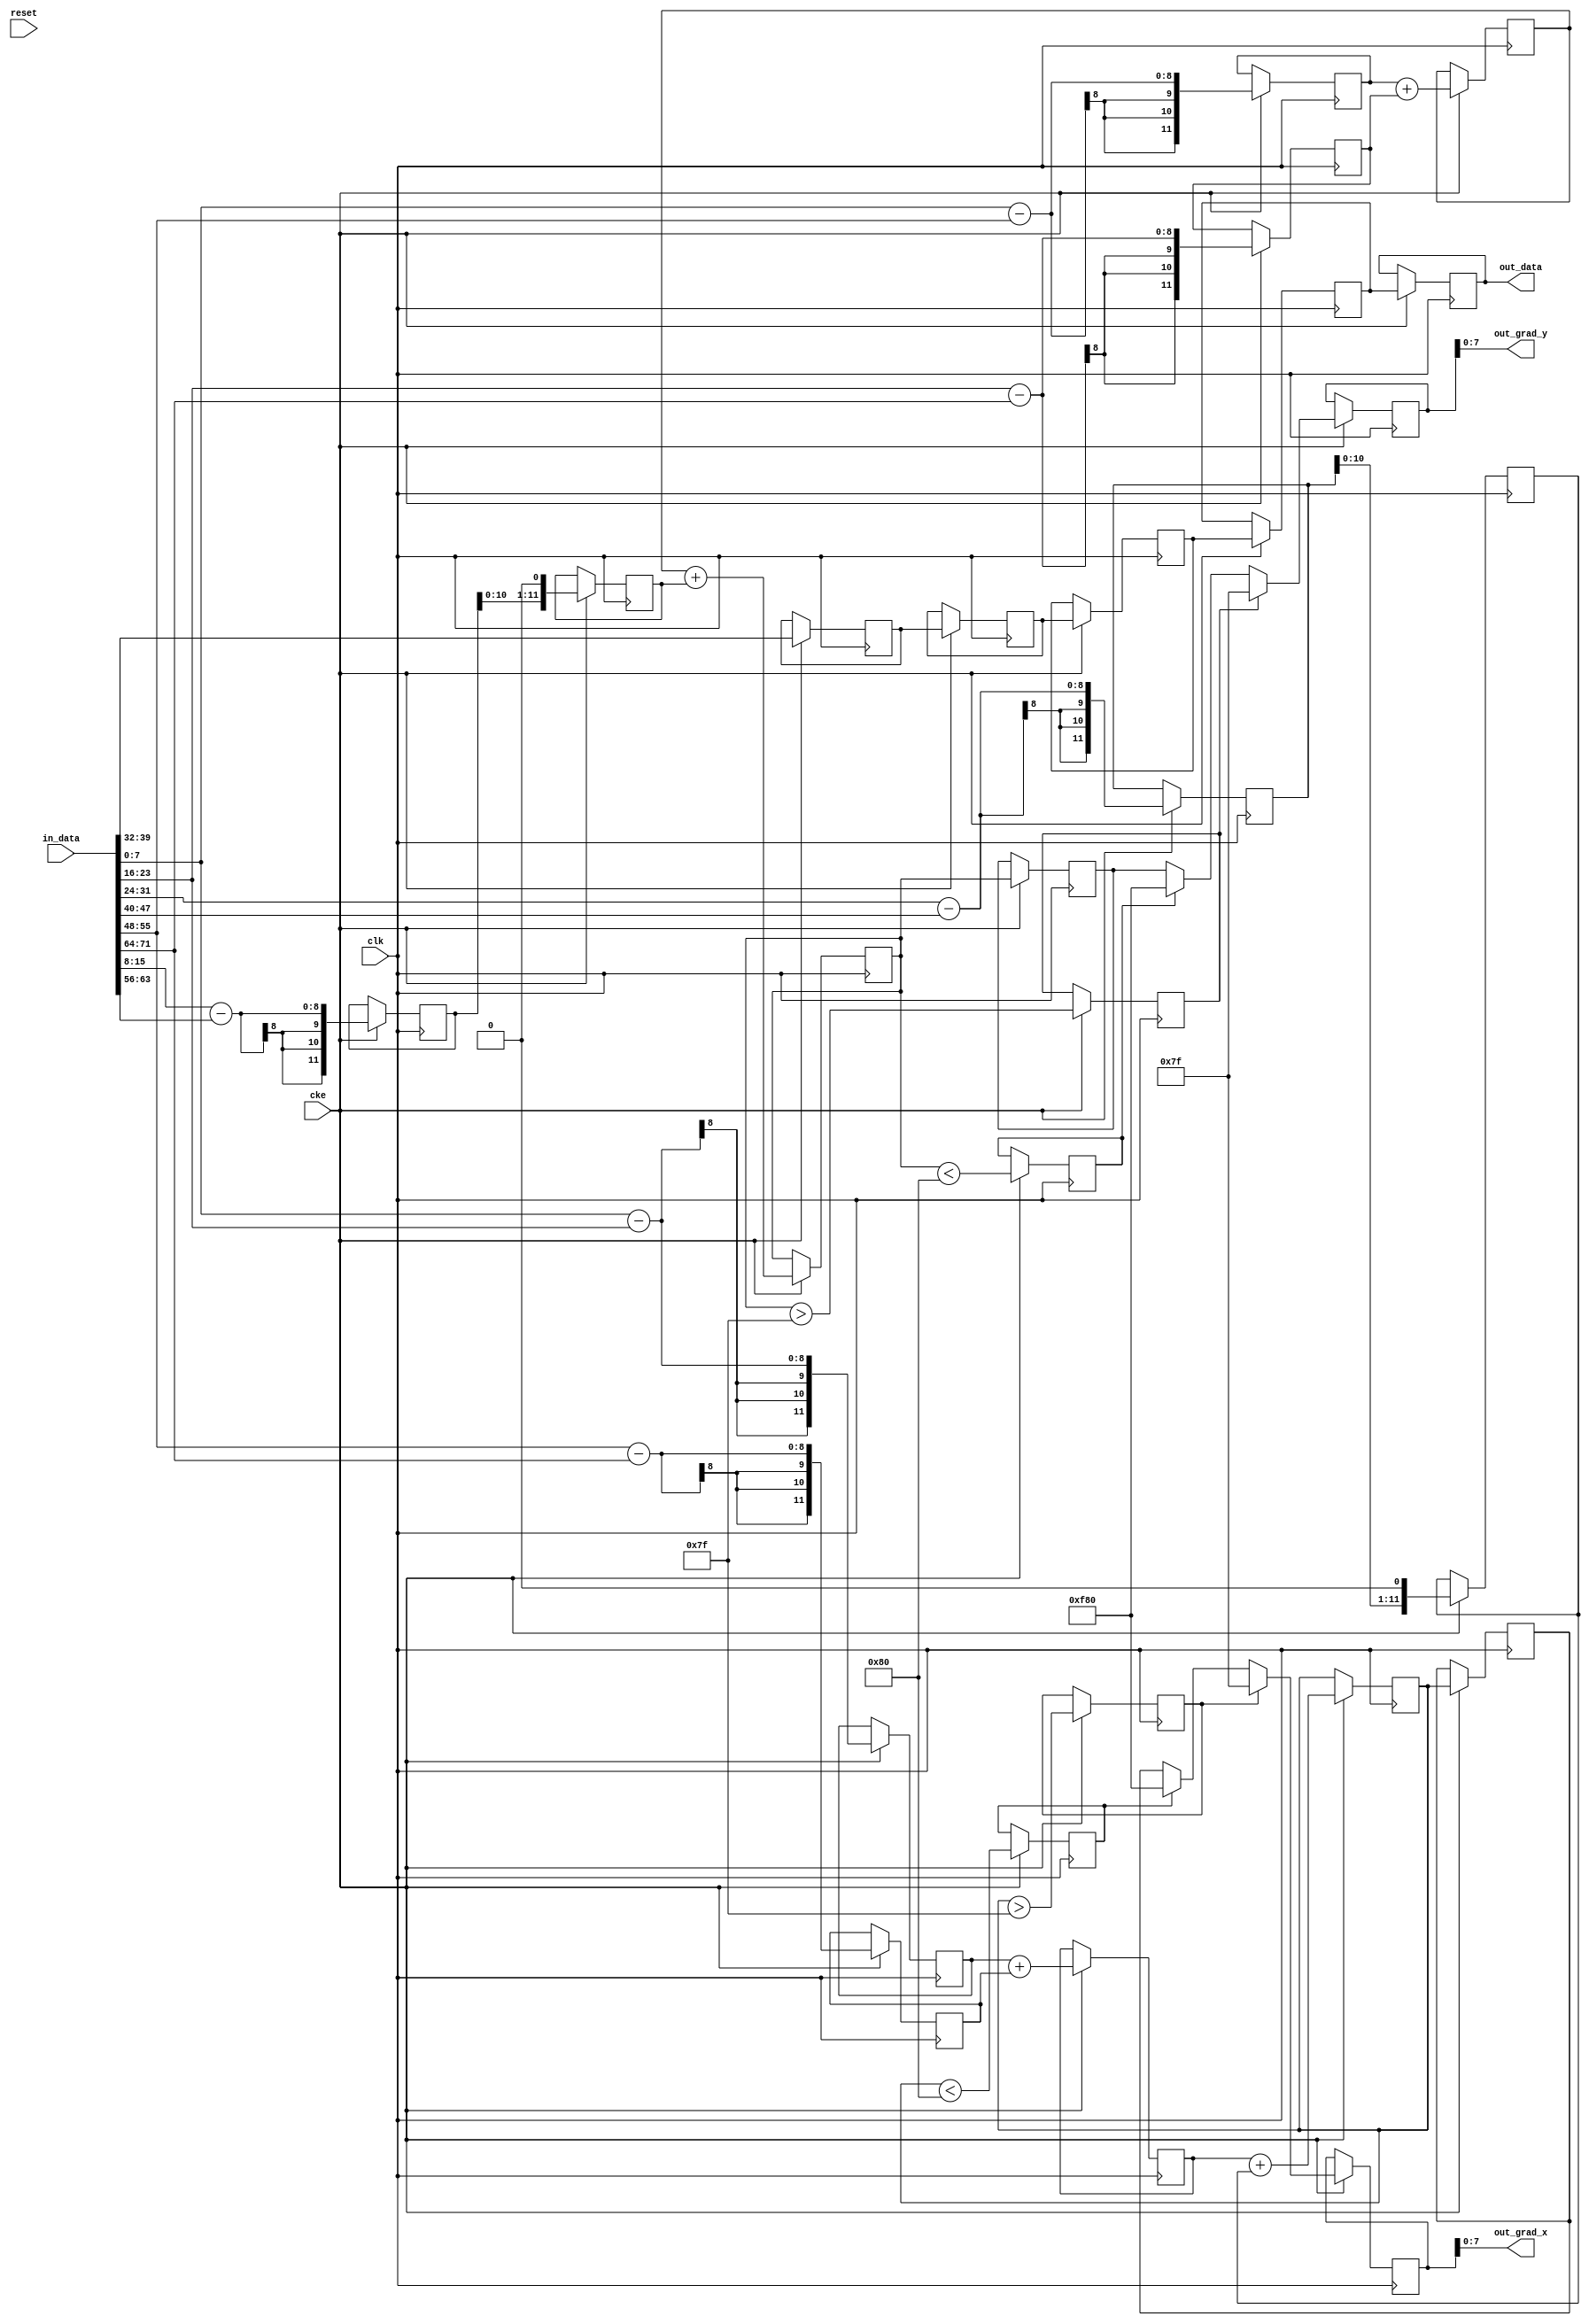
// ---------------------------------------------------------------------------
//  Jelly  -- The platform for real-time computing
//   image processing
//
//                                 Copyright (C) 2008-2016 by Ryuji Fuchikami
//                                 https://github.com/ryuz/jelly.git
// ---------------------------------------------------------------------------



`timescale 1ns / 1ps
`default_nettype none


module jelly_img_sobel_calc
        #(
            parameter   USER_WIDTH   = 0,
            parameter   DATA_WIDTH   = 8,
            parameter   GRAD_X_WIDTH = DATA_WIDTH,
            parameter   GRAD_Y_WIDTH = DATA_WIDTH,
            
            // local
            parameter   USER_BITS  = USER_WIDTH > 0 ? USER_WIDTH : 1
        )
        (
            input   wire                                    reset,
            input   wire                                    clk,
            input   wire                                    cke,
            
            input   wire            [3*3*DATA_WIDTH-1:0]    in_data,
            
            output  wire            [DATA_WIDTH-1:0]        out_data,
            output  wire    signed  [GRAD_X_WIDTH-1:0]      out_grad_x,
            output  wire    signed  [GRAD_Y_WIDTH-1:0]      out_grad_y
        );
    
    wire    signed  [GRAD_X_WIDTH-1:0]  grad_x_min = {1'b1, {(GRAD_X_WIDTH-1){1'b0}}};
    wire    signed  [GRAD_X_WIDTH-1:0]  grad_x_max = {1'b0, {(GRAD_X_WIDTH-1){1'b1}}};
    wire    signed  [GRAD_Y_WIDTH-1:0]  grad_y_min = {1'b1, {(GRAD_Y_WIDTH-1){1'b0}}};
    wire    signed  [GRAD_Y_WIDTH-1:0]  grad_y_max = {1'b0, {(GRAD_Y_WIDTH-1){1'b1}}};
    
    wire    signed  [DATA_WIDTH+1:0]    in_data00 = in_data[(3*0+0)*DATA_WIDTH +: DATA_WIDTH];
    wire    signed  [DATA_WIDTH+1:0]    in_data01 = in_data[(3*0+1)*DATA_WIDTH +: DATA_WIDTH];
    wire    signed  [DATA_WIDTH+1:0]    in_data02 = in_data[(3*0+2)*DATA_WIDTH +: DATA_WIDTH];
    wire    signed  [DATA_WIDTH+1:0]    in_data10 = in_data[(3*1+0)*DATA_WIDTH +: DATA_WIDTH];
    wire    signed  [DATA_WIDTH+1:0]    in_data11 = in_data[(3*1+1)*DATA_WIDTH +: DATA_WIDTH];
    wire    signed  [DATA_WIDTH+1:0]    in_data12 = in_data[(3*1+2)*DATA_WIDTH +: DATA_WIDTH];
    wire    signed  [DATA_WIDTH+1:0]    in_data20 = in_data[(3*2+0)*DATA_WIDTH +: DATA_WIDTH];
    wire    signed  [DATA_WIDTH+1:0]    in_data21 = in_data[(3*2+1)*DATA_WIDTH +: DATA_WIDTH];
    wire    signed  [DATA_WIDTH+1:0]    in_data22 = in_data[(3*2+2)*DATA_WIDTH +: DATA_WIDTH];
    
    
    reg             [DATA_WIDTH-1:0]    st0_data;
    reg     signed  [DATA_WIDTH+3:0]    st0_grad_x0;
    reg     signed  [DATA_WIDTH+3:0]    st0_grad_x1;
    reg     signed  [DATA_WIDTH+3:0]    st0_grad_x2;
    reg     signed  [DATA_WIDTH+3:0]    st0_grad_y0;
    reg     signed  [DATA_WIDTH+3:0]    st0_grad_y1;
    reg     signed  [DATA_WIDTH+3:0]    st0_grad_y2;
    
    reg             [DATA_WIDTH-1:0]    st1_data;
    reg     signed  [DATA_WIDTH+3:0]    st1_grad_x0;
    reg     signed  [DATA_WIDTH+3:0]    st1_grad_x1;
    reg     signed  [DATA_WIDTH+3:0]    st1_grad_y0;
    reg     signed  [DATA_WIDTH+3:0]    st1_grad_y1;
    
    reg             [DATA_WIDTH-1:0]    st2_data;
    reg     signed  [DATA_WIDTH+3:0]    st2_grad_x;
    reg     signed  [DATA_WIDTH+3:0]    st2_grad_y;
    
    reg             [DATA_WIDTH-1:0]    st3_data;
    reg     signed  [GRAD_X_WIDTH+3:0]  st3_grad_x;
    reg     signed  [GRAD_Y_WIDTH+3:0]  st3_grad_y;
    reg                                 st3_min_x;
    reg                                 st3_max_x;
    reg                                 st3_min_y;
    reg                                 st3_max_y;
    
    reg             [DATA_WIDTH-1:0]    st4_data;
    reg     signed  [GRAD_X_WIDTH+3:0]  st4_grad_x;
    reg     signed  [GRAD_Y_WIDTH+3:0]  st4_grad_y;
    
    always @(posedge clk) begin
        if ( cke ) begin
            // stage0
            st0_data    <= in_data11;
            st0_grad_x0 <= in_data00 - in_data02;
            st0_grad_x1 <= in_data10 - in_data12;
            st0_grad_x2 <= in_data20 - in_data22;
            st0_grad_y0 <= in_data00 - in_data20;
            st0_grad_y1 <= in_data01 - in_data21;
            st0_grad_y2 <= in_data02 - in_data22;
            
            
            // stage1
            st1_data    <= st0_data;
            st1_grad_x0 <= st0_grad_x0 + st0_grad_x2;
            st1_grad_x1 <= (st0_grad_x1 <<< 1);
            st1_grad_y0 <= st0_grad_y0 + st0_grad_y2;
            st1_grad_y1 <= (st0_grad_y1 <<< 1);
            
            
            // stage2
            st2_data    <= st1_data;
            st2_grad_x  <= st1_grad_x0 + st1_grad_x1;
            st2_grad_y  <= st1_grad_y0 + st1_grad_y1;
            
            
            // stage3
            st3_data    <= st2_data;
            st3_grad_x  <= st2_grad_x;
            st3_grad_y  <= st2_grad_y;
            st3_min_x   <= (st2_grad_x < grad_x_min);
            st3_max_x   <= (st2_grad_x > grad_x_max);
            st3_min_y   <= (st2_grad_y < grad_y_min);
            st3_max_y   <= (st2_grad_y > grad_y_max);
            
            // stage4
            st4_data    <= st3_data;
            st4_grad_x  <= st3_grad_x;
            st4_grad_y  <= st3_grad_y;
            if ( st3_min_x ) begin st4_grad_x <= grad_x_min; end
            if ( st3_max_x ) begin st4_grad_x <= grad_x_max; end
            if ( st3_min_y ) begin st4_grad_y <= grad_y_min; end
            if ( st3_max_y ) begin st4_grad_y <= grad_y_max; end
        end
    end
    
    assign out_data   = st4_data;
    assign out_grad_x = st4_grad_x;
    assign out_grad_y = st4_grad_y;
    
endmodule


`default_nettype wire


// end of file